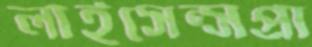
লাইসেন্সপ্রা